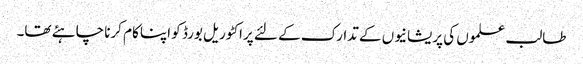
طالب علموں کی پریشانیوں کے تدارک کے لئے پراکٹوریل بورڈ کو اپنا کام کرنا چاہئے تھا۔